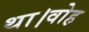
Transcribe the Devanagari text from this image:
था।वोह